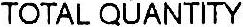
TOTAL QUANTITY